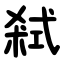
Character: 弒